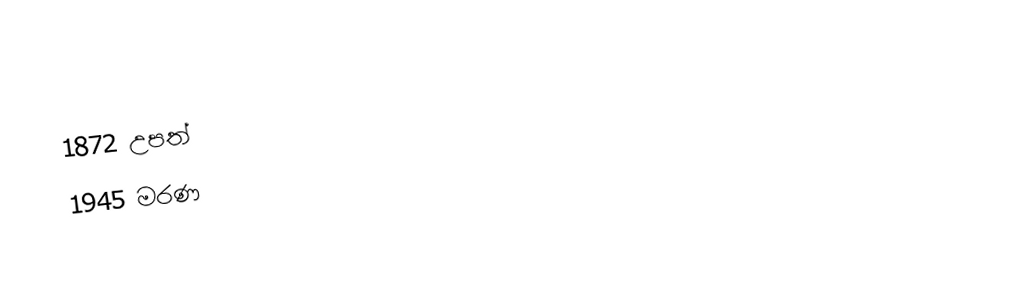
1872 උපත්
1945 මරණ